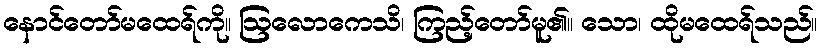
နောင်တော်မထေရ်ကို။ ဩလောကေသိ၊ ကြည့်တော်မူ၏။ သော၊ ထိုမထေရ်သည်။